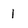
Character: 1